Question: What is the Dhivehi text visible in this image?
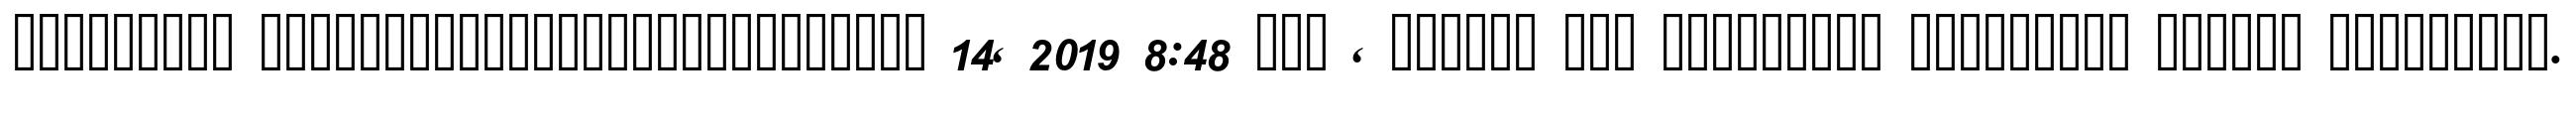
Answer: ????????? ??????????????????????????? 14, 2019 8:48 ??? , ?????? ??? ????????? ????????? ?????? ?????????.